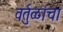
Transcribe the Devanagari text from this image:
वर्तुळांचा